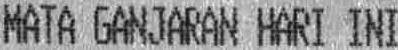
MATA GANJARAN HARI INI